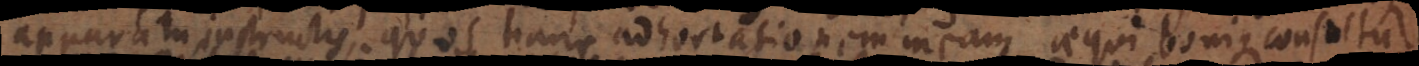
apparatu instructis, quos hanc adhortationem meam aequi bonique consultu